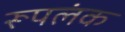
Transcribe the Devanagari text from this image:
रूपलंक